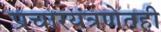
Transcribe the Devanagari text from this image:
प्रचारयंत्रणेतही